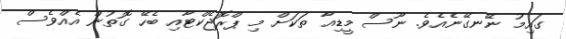
ގައިމު ނޭނގޭނެއެވެ. ނޫސް މީޑިއާ ތަކަށް މި ޕްރޮޖެކްޓާއި ބެހޭ ގޮތުން އެއްވެސް